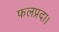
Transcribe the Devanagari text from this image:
फलप्रदा।